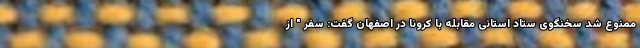
ممنوع شد سخنگوی ستاد استانی مقابله با کرونا در اصفهان گفت: سفر " از